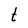
Character: t